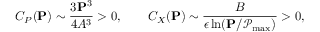
C _ { P } ( \mathbf { P } ) \sim \frac { 3 \mathbf { P } ^ { 3 } } { 4 A ^ { 3 } } > 0 , \qquad C _ { X } ( \mathbf { P } ) \sim \frac { B } { \epsilon \ln ( \mathbf { P } / \mathcal { P } _ { \operatorname* { m a x } } ) } > 0 ,